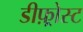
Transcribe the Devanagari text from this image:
डीफ़्रोस्ट